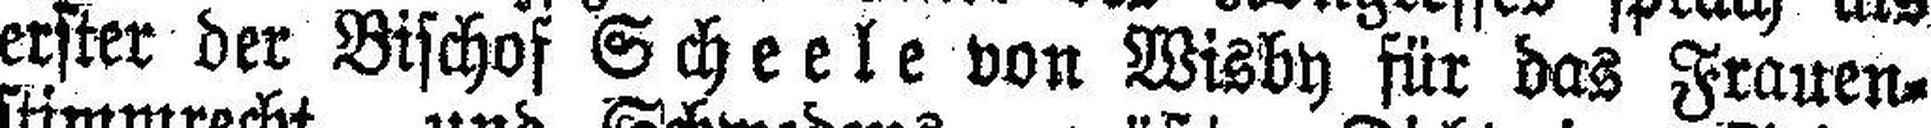
erster der Bischof Scheele von Wisby für das Frauen¬